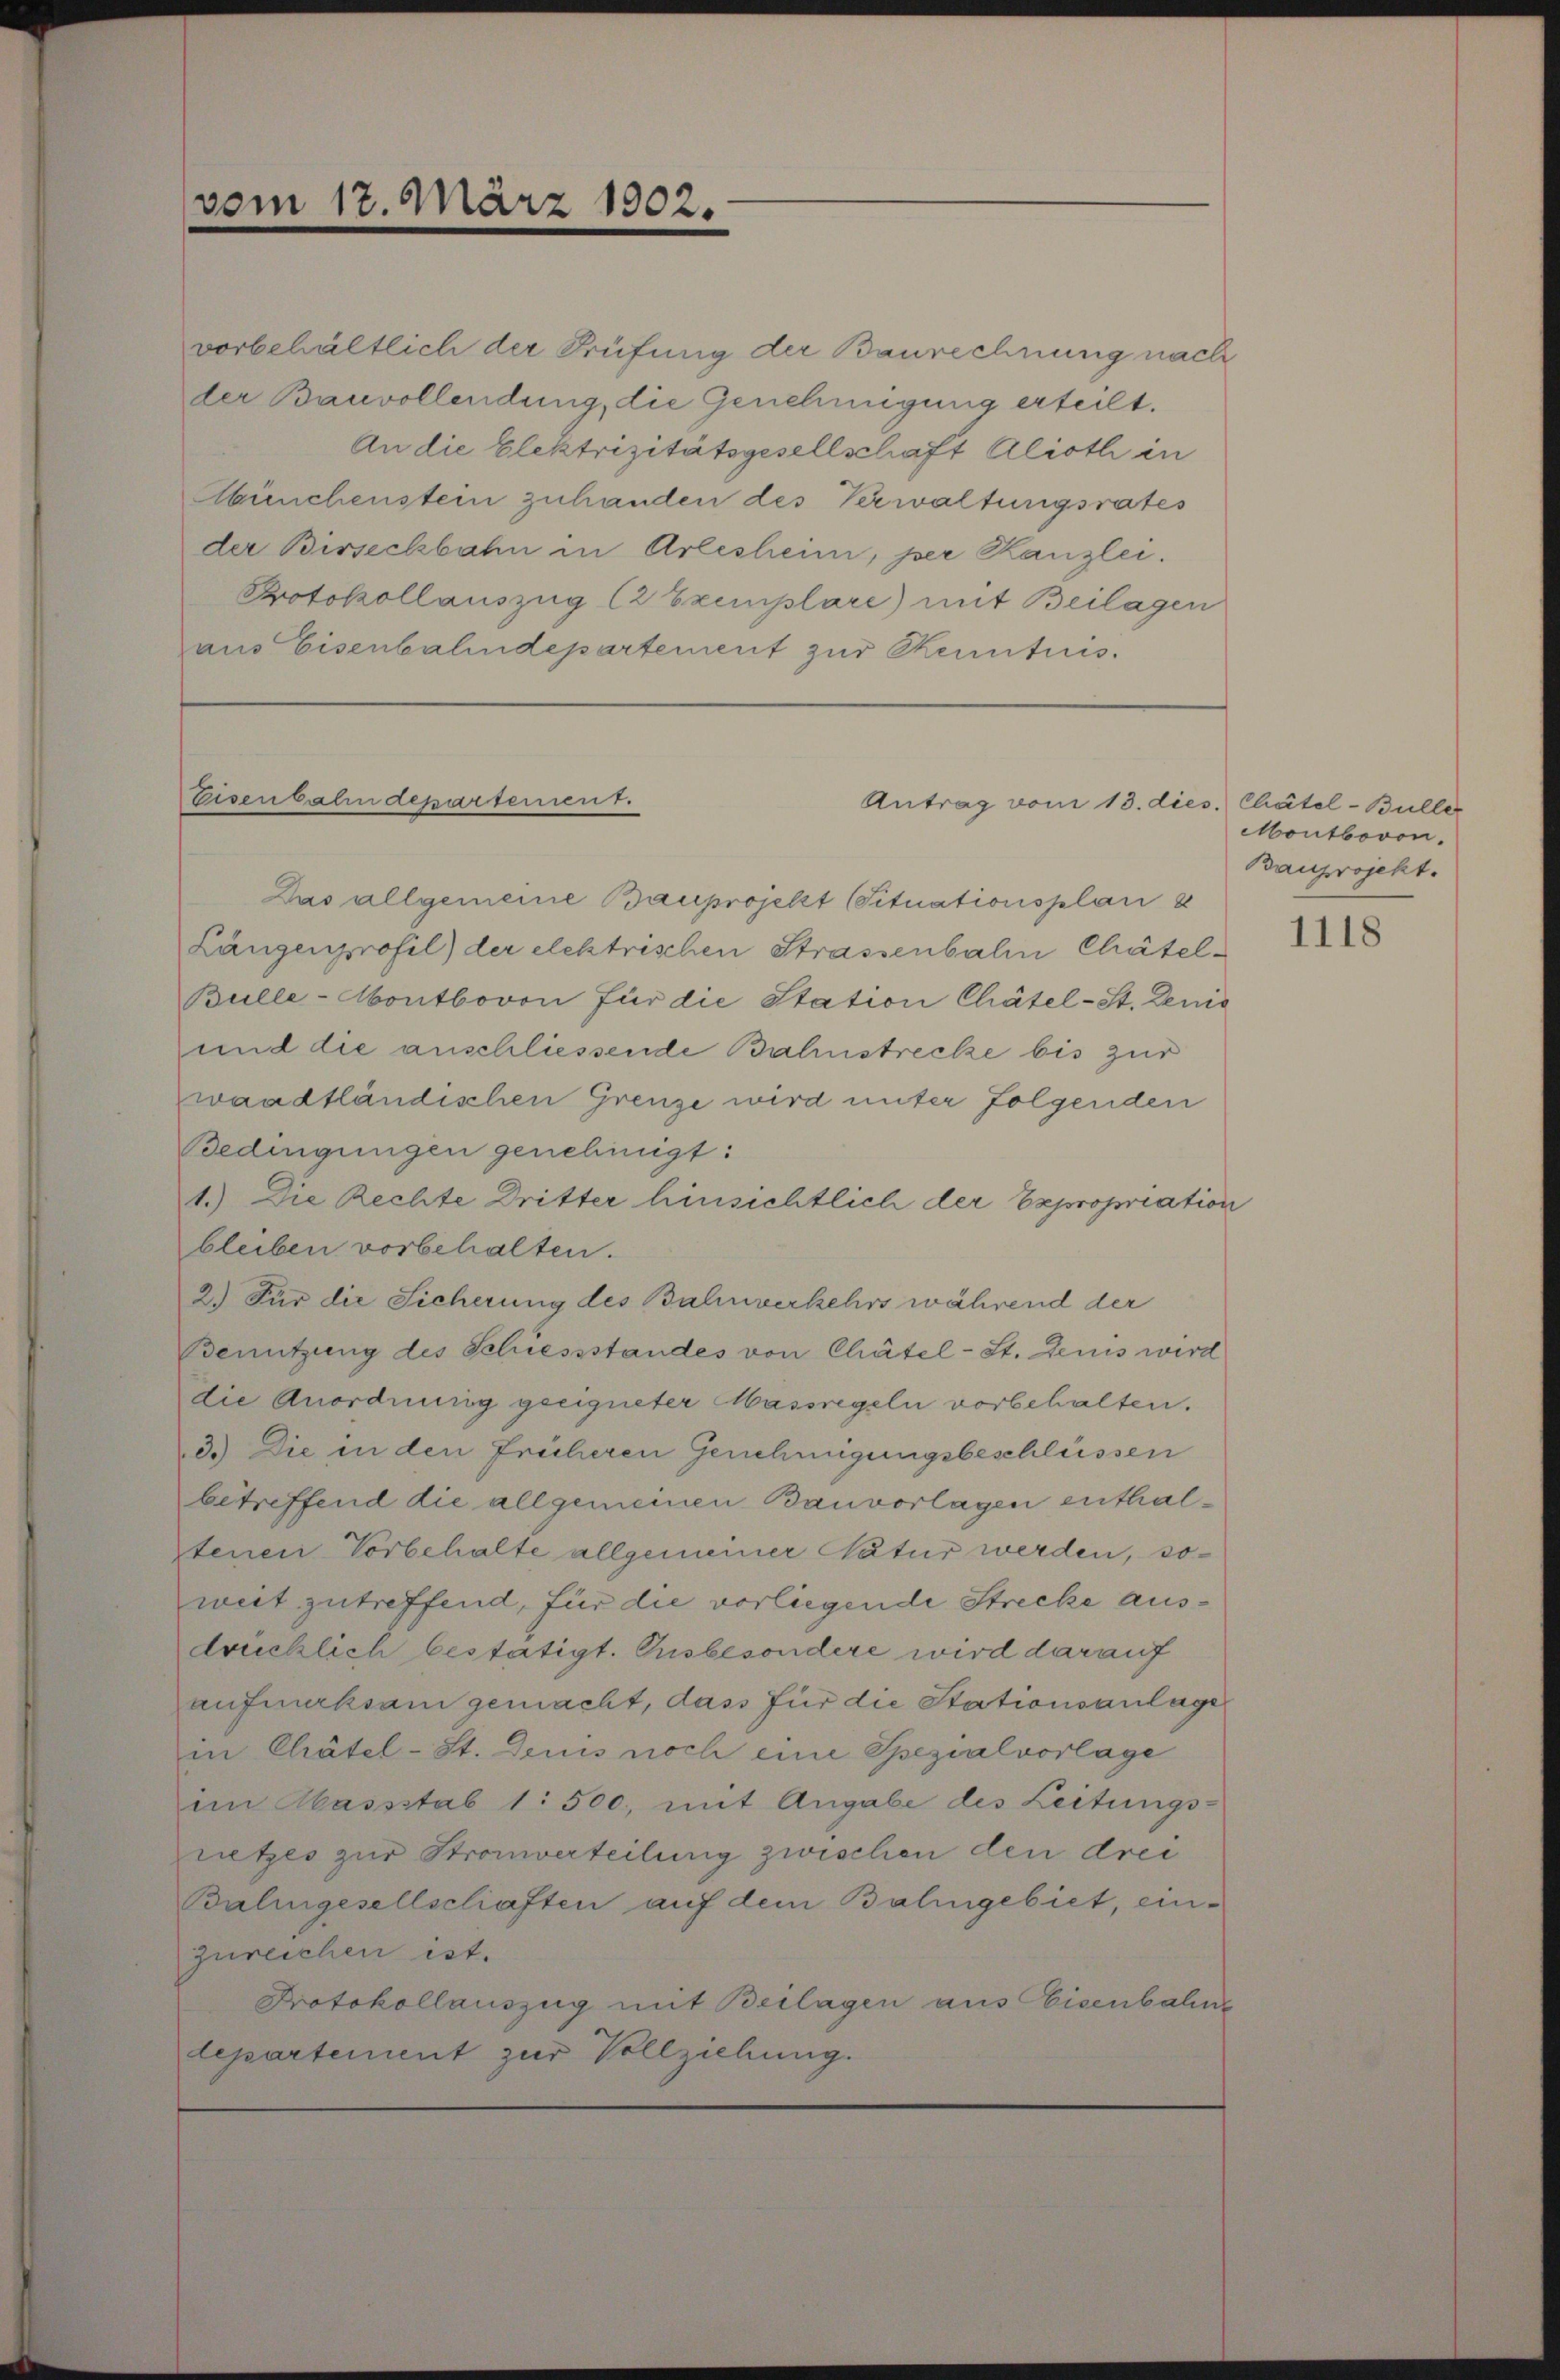
vom 17. März 1902.

vorbehältlich der Prüfung der Baurechnung nach
der Bauvollendung, die Genehmigung erteilt.
An die Elektrizitätsgesellschaft Alioth in
Abünchenstein zuhanden des Verwaltungsrates
der Birseckbahn in Arlesheim, per Kanzlei.
Protokollauszug (2 Exemplare) mit Beilagen
aus Eisenbahndepartement zur Kenntnis.

Eisenbahndepartement.

Das allgemeine Bauprojekt (Situationsplan z
Längenprofil) der elektrischen Strassenbalm Chätel¬
Bulle-Montbovon für die Station Chätel-St. Denie
und die anschliessende Bahnstrecke bis zur
waadtländischen Grenze wird unter folgenden
Bedingungen genehmigt:
1.) Die Rechte Dritter hinsichtlich der Expropriation
bleiben vorbehalten.
2.) Für die Sicherung des Bahnverkehrs während der
Benutzung des Schiessstandes von Chätel-St. Denis wird
die Anordnung geeigneter Massregeln vorbehalten.
3.) Die in den früheren Genehmigungsbeschlüssen
betreffend die allgemeinen Bauvorlagen enthaltenen Vorbehalte allgemeiner Natur werden, soweit zutreffend, für die vorliegende Strecke ausdrücklich bestätigt. Insbesondere wird darauf
aufmerksam gemacht, dass für die Stationsanlage
in Chätel-St. Denis noch eine Spezialvorlage
im Massstab 1: 500, mit Angabe des Leitungs-
netzes zur Stromverteilung zwischen den drei
Balingesellschaften auf dem Bahngebiet, einzureichen ist.
Protokollauszug mit Beilagen aus Eisenbahn
departement zur Vollziehung.

Antrag vom 13. dies. Chätel-Büller

Montboron.
Bauprojekt.

1118